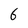
Character: 6